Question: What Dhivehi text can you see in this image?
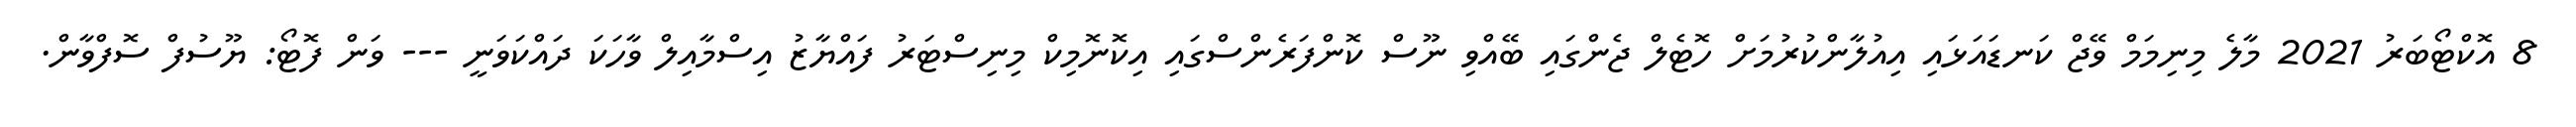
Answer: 8 އޮކްޓޯބަރު 2021 މާލެ މިނިމަމް ވޭޖް ކަނޑައަޅައި އިއުލާންކުރުމަށް ހޮޓެލް ޖެންގައި ބޭއްވި ނޫސް ކޮންފަރެންސްގައި އިކޮނޮމިކް މިނިސްޓަރު ފައްޔާޒު އިސްމާއިލް ވާހަކަ ދައްކަވަނީ --- ވަން ފޮޓޯ: ޔޫސުފް ސޮފްވާން.